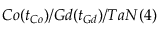
C o ( t _ { C o } ) / G d ( t _ { G d } ) / T a N ( 4 )